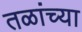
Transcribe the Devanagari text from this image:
तळांच्या